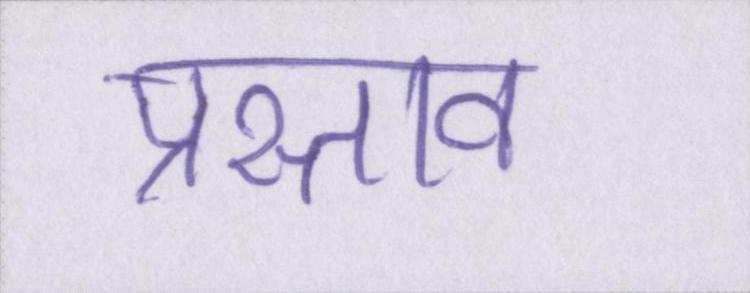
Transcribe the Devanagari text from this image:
प्रस्ताव